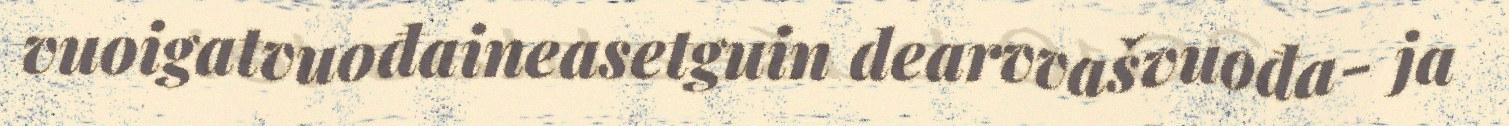
vuoigatvuođaineasetguin dearvvašvuođa- ja